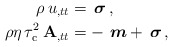
\begin{align*}\rho\,u_{,tt}&=\, \boldsymbol{\sigma} \, ,\\\rho\eta\, \tau_{\rm c}^2\,\mathbf{A}_{,tt}&=- \, \,\boldsymbol{m} + \,\boldsymbol{\sigma}\,,\end{align*}